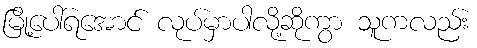
မြို့ပေါ်ရအောင် လုပ်မှာပါလို့ဆိုကွာ သူကလည်း